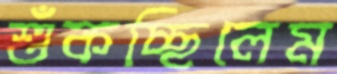
শুঁকচ্ছিলেম